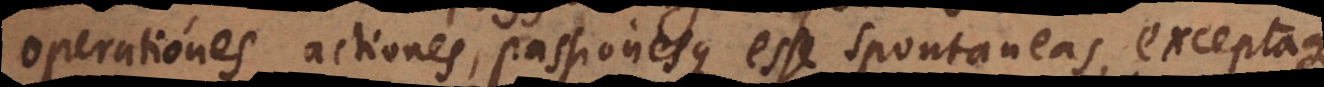
operationes, actiones passionesque esse spontaneas, exceptaque